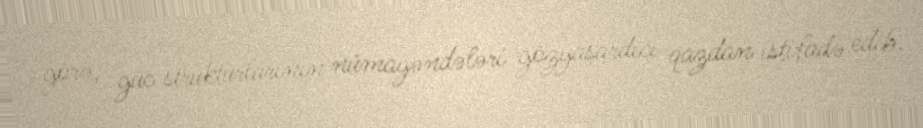
görə, güc strukturlarının nümayəndələri gözyaşardıcı qazdan istifadə edib.